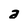
Character: a